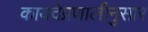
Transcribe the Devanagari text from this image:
कायदेप्रणालीनुसार